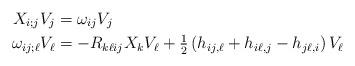
LaTeX: \begin{align*} X_{i;j} V_j &= \omega_{ij} V_j\\\omega_{ij;\ell} V_\ell &= - R_{k\ell ij} X_k V_\ell + \tfrac{1}{2} \left( h_{ij,\ell} + h_{i\ell, j} - h_{j\ell, i} \right) V_\ell\end{align*}